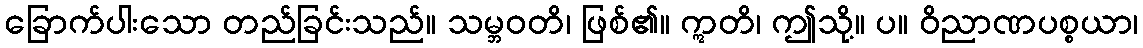
ခြောက်ပါးသော တည်ခြင်းသည်။ သမ္ဘဝတိ၊ ဖြစ်၏။ ဣတိ၊ ဤသို့။ ပ။ ဝိညာဏပစ္စယာ၊